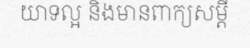
យាទល្អ និងមានពាក្យសម្តី